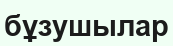
бұзушылар